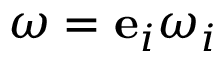
\boldsymbol \omega = { \bf e } _ { i } \omega _ { i }